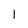
Character: 1